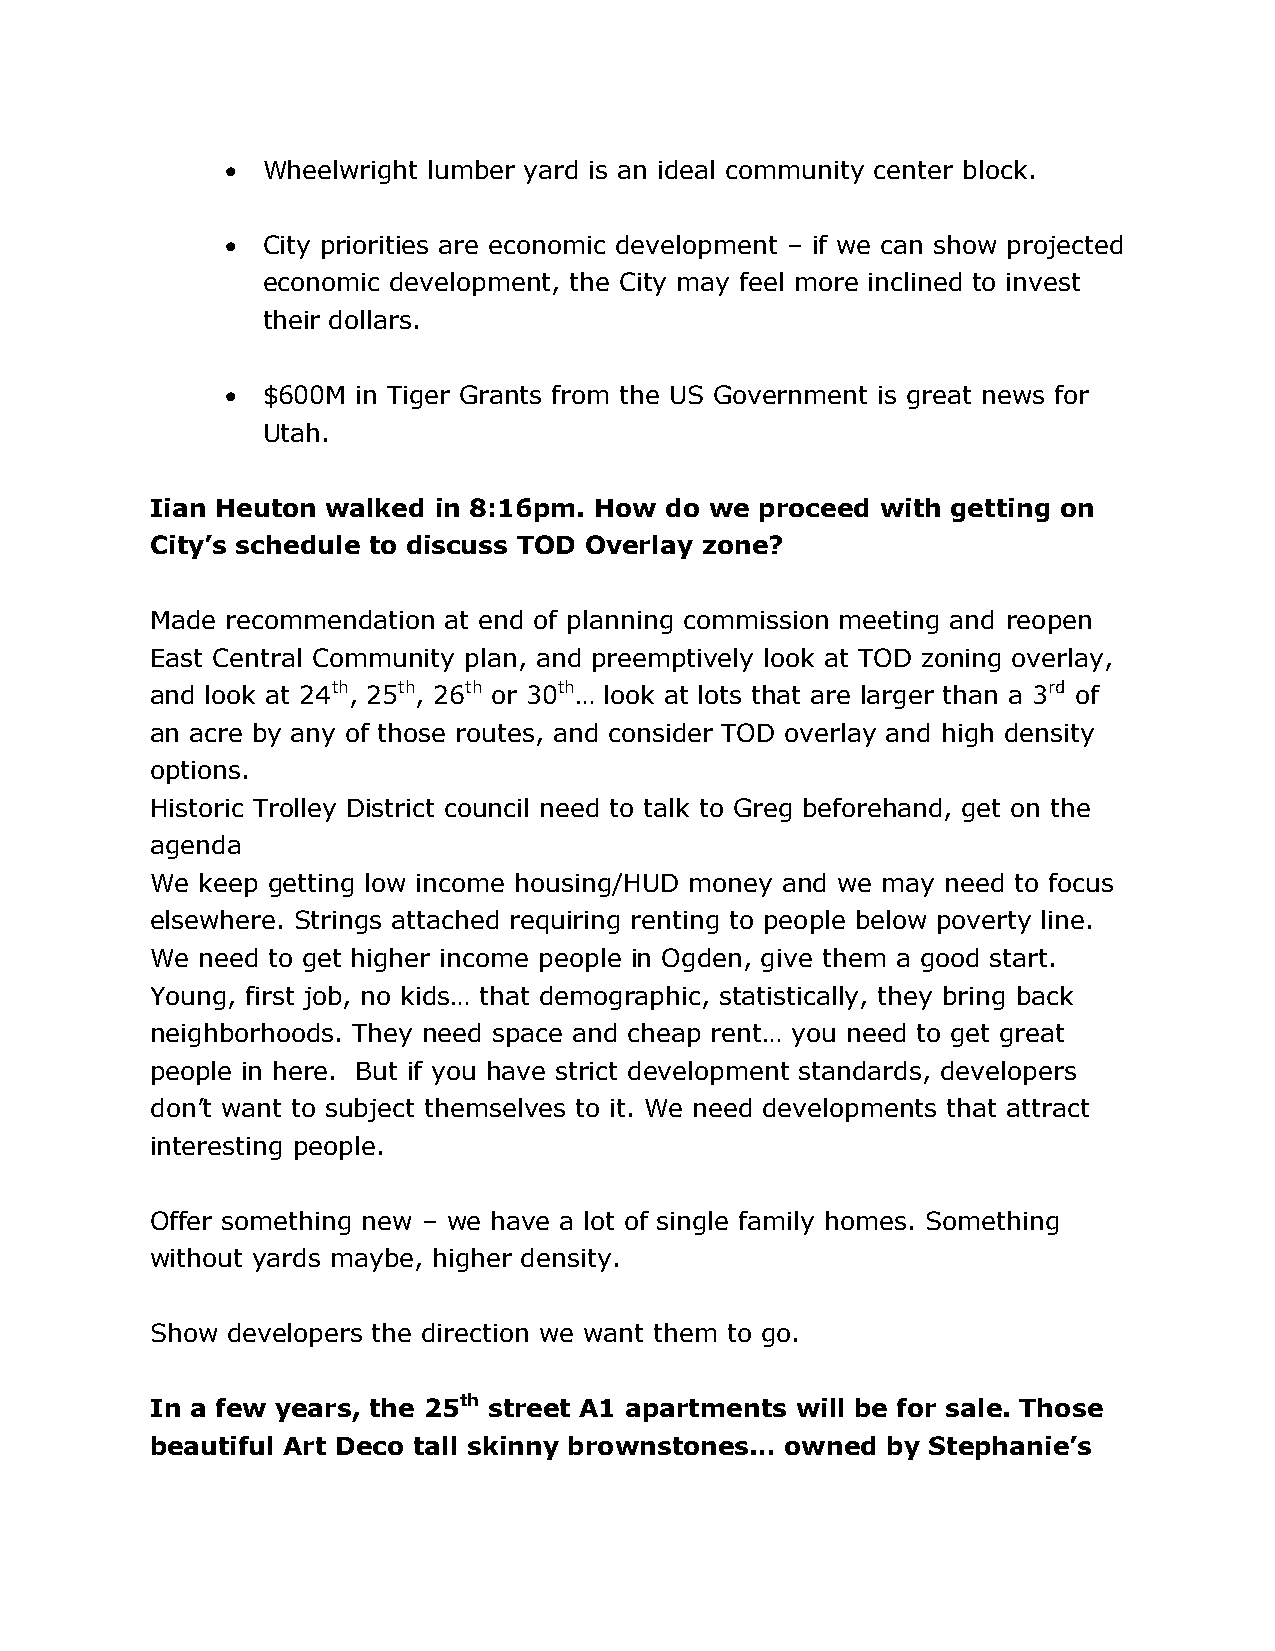
 Wheelwright lumber yard is an ideal community center block.
  City priorities are economic development – if we can show projected
 economic development, the City may feel more inclined to invest
 their dollars.
  $600M  in Tiger Grants from the US Government is great news for
 Utah.
 Iian Heuton walked in 8:16pm. How do we proceed with getting on
 City’s schedule to discuss TOD Overlay zone?
 Made recommendation at end of planning commission meeting and reopen
 East Central Community plan, and preemptively look at TOD zoning overlay,
 and look at 24th, 25th, 26th or 30th… look at lots that are larger than a 3rd of
 an acre by any of those routes, and consider TOD overlay and high density
 options.
 Historic Trolley District council need to talk to Greg beforehand, get on the
 agenda
 We keep getting low income housing/HUD money and we may need to focus
 elsewhere. Strings attached requiring renting to people below poverty line.
 We need to get higher income people in Ogden, give them a good start.
 Young, first job, no kids… that demographic, statistically, they bring back
 neighborhoods. They need space and cheap rent… you need to get great
 people in here. But if you have strict development standards, developers
 don’t want to subject themselves to it. We need developments that attract
 interesting people.
 Offer something new – we have a lot of single family homes. Something
 without yards maybe, higher density.
 Show developers the direction we want them to go.
 In a few years, the 25th street A1 apartments will be for sale. Those
 beautiful Art Deco tall skinny brownstones… owned by Stephanie’s